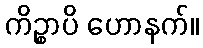
ကိဉ္စာပိ ဟောနက်။